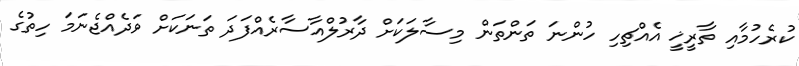
ކުރެހުމާއި ތާރީޚީ އެއްޗިހި ހުންނަ ތަންތަން މިސާލަކަށް ދާރުލްއާސާރެއްފަދަ ތަނަކަށް ވަދެއްޖެނަމަ ހިތުގެ